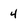
Character: 4